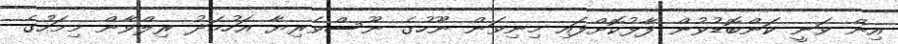
އިން ވަނީ ކަންބޮޑުވުން ފާޅުކޮށްފައި މިނިވަން ނޫހުގެ ނޫސްވެރިޔާ އަހުމަދު ރިލްވާން މިމަހުގެ